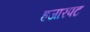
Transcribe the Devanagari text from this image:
हजारपट